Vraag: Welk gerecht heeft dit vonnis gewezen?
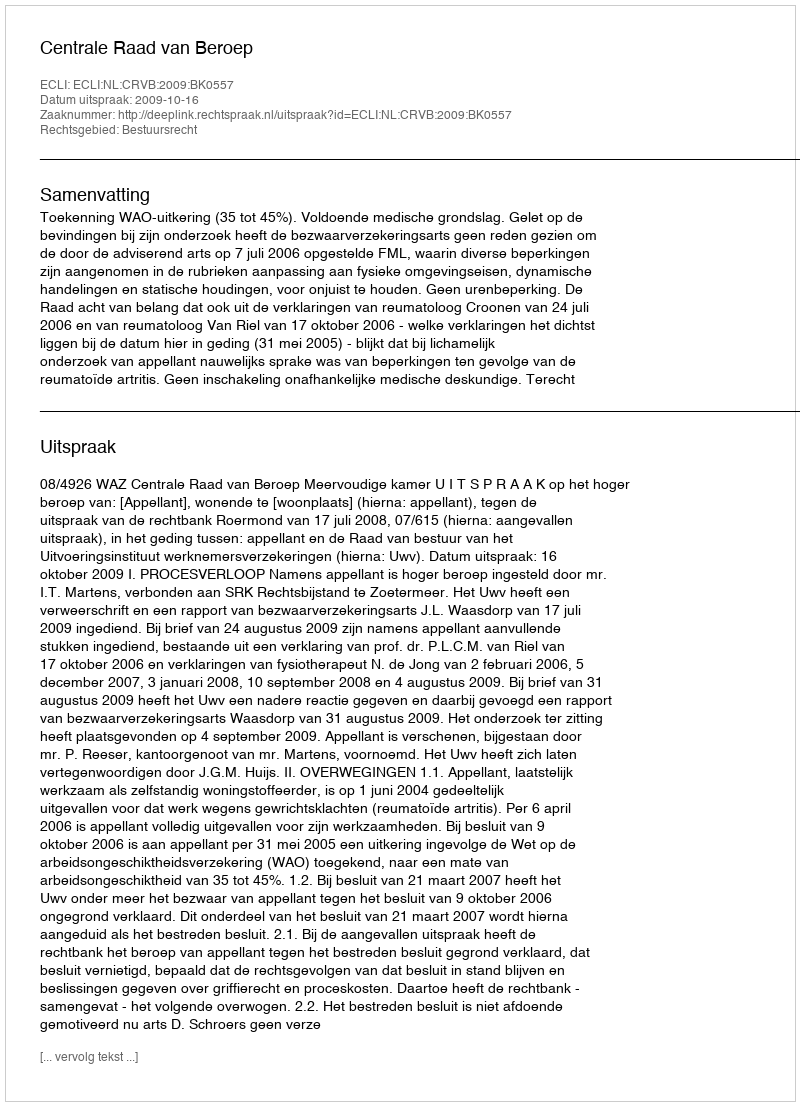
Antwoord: Centrale Raad van Beroep